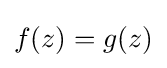
f(z)=g(z)